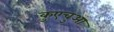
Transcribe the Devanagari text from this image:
कुएचुआ